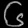
Digit: ၆